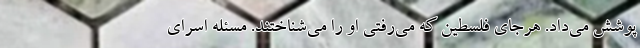
پوشش می‌داد. هرجای فلسطین که می‌رفتی او را می‌شناختند. مسئله اسرای